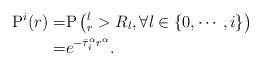
LaTeX: \begin{align*}\mathrm{P} ^i(r) =& \mathrm{P}\left( ^l_r>R_l, \forall l\in\{0, \cdots, i\}\right)\\ =& e^{-\bar{\tau}_i^\alpha r^\alpha }. \end{align*}